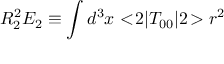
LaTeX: R _ { 2 } ^ { 2 } E _ { 2 } \equiv \int d ^ { 3 } x < \! 2 | T _ { 0 0 } | 2 \! > r ^ { 2 }